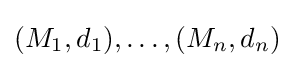
(M_{1},d_{1}),\ldots ,(M_{n},d_{n})